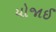
યોજાઈ